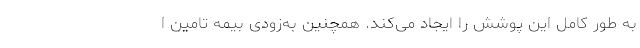
به طور کامل این پوشش را ایجاد می‌کند. همچنین به‌زودی بیمه تامین ا